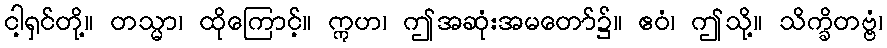
ငါ့ရှင်တို့။ တသ္မာ၊ ထိုကြောင့်။ ဣဟ၊ ဤအဆုံးအမတော်၌။ ဧဝံ၊ ဤသို့။ သိက္ခိတဗ္ဗံ၊